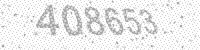
Solution: 408653